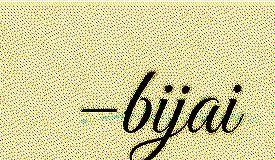
–bijai